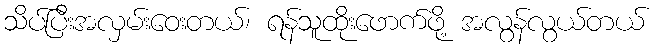
သိပ်ပြီးအလှမ်းဝေးတယ်၊ ရန်သူထိုးဖောက်ဖို့ အလွန်လွယ်တယ်